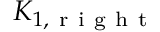
K _ { 1 , \mathrm { ~ r ~ i ~ g ~ h ~ t ~ } }